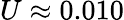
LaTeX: U\approx 0.010